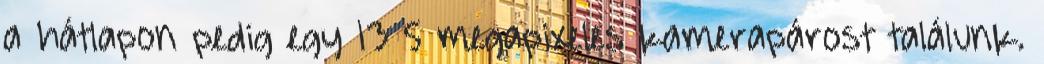
a hátlapon pedig egy 13 5 megapixeles kamerapárost találunk.